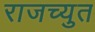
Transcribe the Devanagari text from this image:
राजच्युत